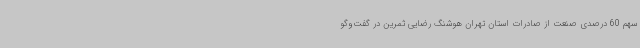
سهم 60 درصدی صنعت از صادرات استان تهران هوشنگ رضایی ثمرین در گفت‌وگو